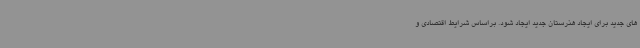
های جدید برای ایجاد هنرستان جدید ایجاد شود. براساس شرایط اقتصادی و